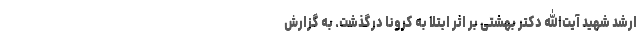
ارشد شهید آیت‌الله دکتر بهشتی بر اثر ابتلا به کرونا درگذشت. به گزارش